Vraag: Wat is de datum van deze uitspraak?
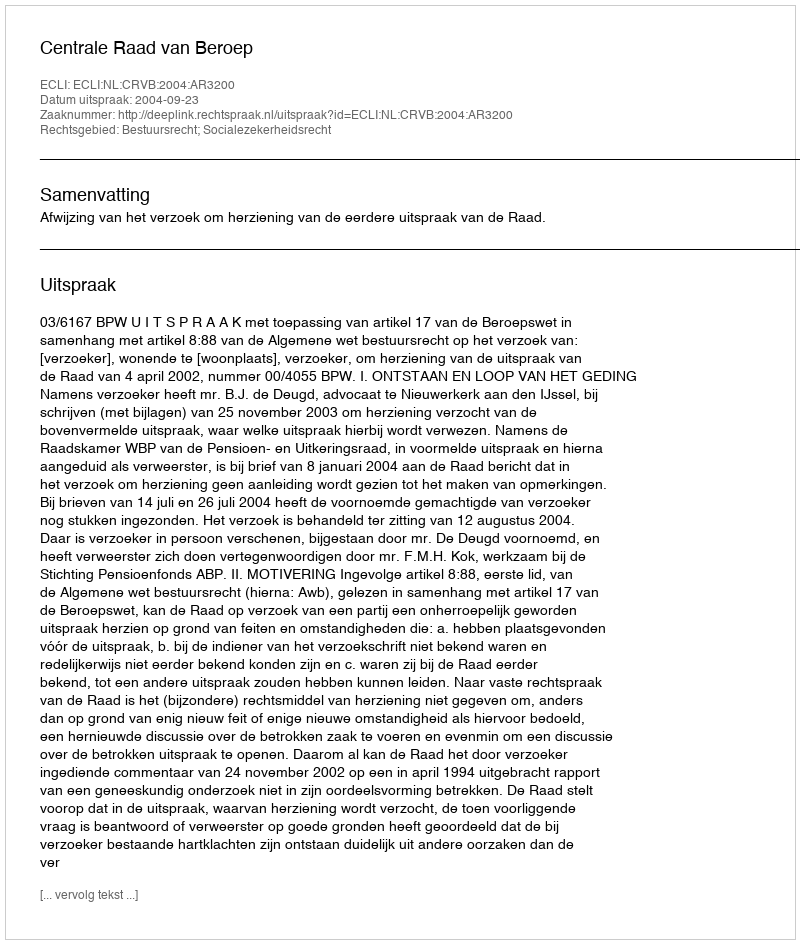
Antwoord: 2004-09-23